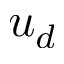
u _ { d }